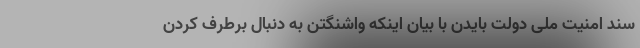
سند امنیت ملی دولت بایدن با بیان اینکه واشنگتن به دنبال برطرف کردن